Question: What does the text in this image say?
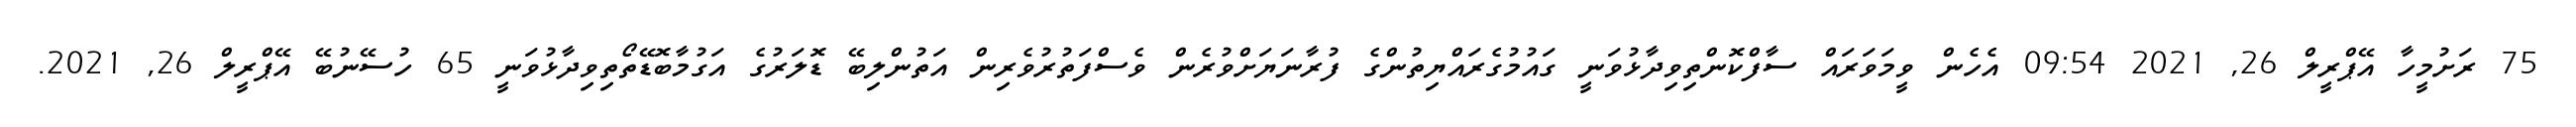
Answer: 75 ރަށުމީހާ އޭޕްރީލް 26, 2021 09:54 އެހެން ވީމަވަރައް ސާފްކޮންތިވިދާޅުވަނީ ގައުމުގެރައްޔިތުންގެ ފުރާނަޔަށްވުރެން ވެސްފަތުރުވެރިން އަތުންލިބޭ ޑޮލަރުގެ އަގުމާބޮޑޭތޯތިވިދާޅުވަނީ 65 ހުސޭނުބޭ އޭޕްރީލް 26, 2021.